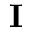
\mathbf { I }